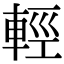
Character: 輕